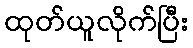
ထုတ်ယူလိုက်ပြီး